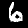
Digit: 6